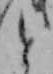
と